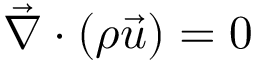
\vec { \nabla } \cdot ( \rho \vec { u } ) = 0